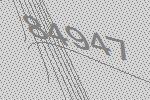
84947